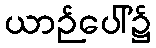
ယာဉ်ပေါ်၌